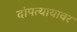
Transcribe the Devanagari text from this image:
दांपत्यायावर